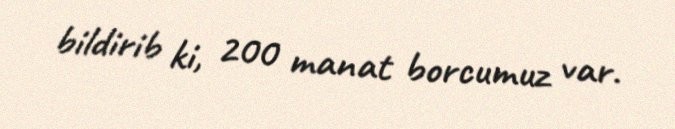
bildirib ki, 200 manat borcumuz var.